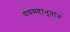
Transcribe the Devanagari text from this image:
पंचमहाभूतांत